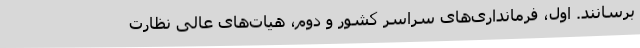
برسانند. اول، فرمانداری‌های سراسر کشور و دوم، هیات‌های عالی نظارت